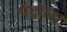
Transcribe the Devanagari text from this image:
पेट्रोल।